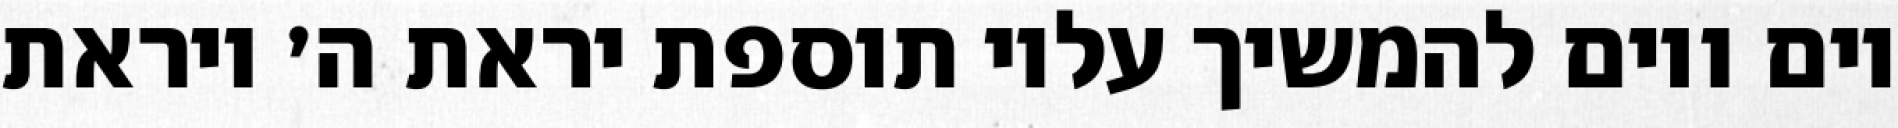
יום ויום להמשיך עליו תוספת יראת ה׳ ויראת